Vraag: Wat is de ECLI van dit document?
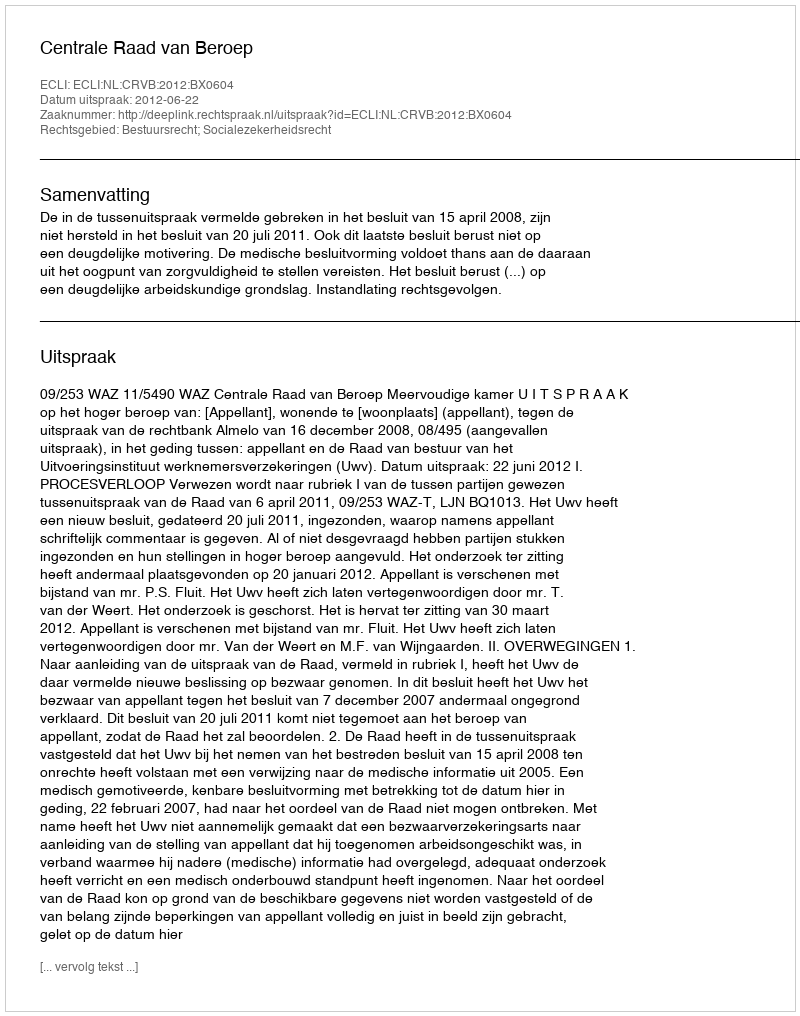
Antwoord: ECLI:NL:CRVB:2012:BX0604